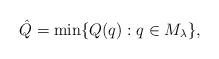
LaTeX: \begin{align*}\hat{Q}=\min\{Q(q):q \in M_{\lambda}\},\end{align*}